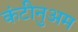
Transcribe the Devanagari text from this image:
कंटीनुअम